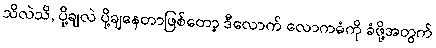
သိလဲသိ, ပို့ချလဲ ပို့ချနေတာဖြစ်တော့ ဒီလောက် လောကဓံကို ခံဖို့အတွက်